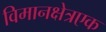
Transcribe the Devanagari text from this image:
विमानक्षेत्रएक